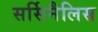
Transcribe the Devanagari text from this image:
सर्सिनैलिस